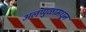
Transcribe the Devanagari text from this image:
अलप्पुळामधून